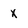
Character: x